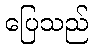
ပြေသည်